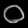
Digit: ၀